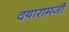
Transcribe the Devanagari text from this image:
दयारामजी